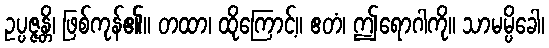
ဥပ္ပဇ္ဇန္တိ၊ ဖြစ်ကုန်၏။ တထာ၊ ထိုကြောင့်။ ဧတံ၊ ဤရောဂါကို။ သာမမ္ပိခေါ၊